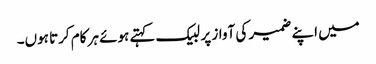
میں اپنے ضمیر کی آواز پر لبیک کہتے ہوئے ہر کام کرتا ہوں۔